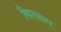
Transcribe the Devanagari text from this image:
किरातम्